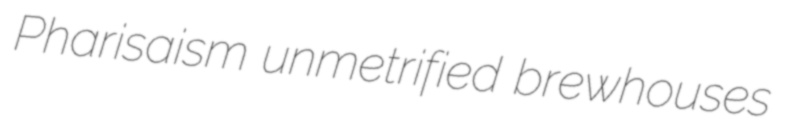
Pharisaism unmetrified brewhouses